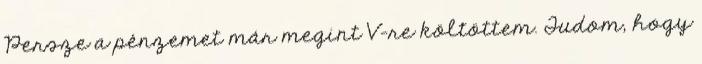
Persze a pénzemet már megint V-re költöttem. Tudom, hogy